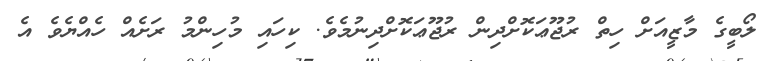
ލޯބީގެ މާޒީއަށް ހިތް ރުޖޫޢަކޮށްދިން ރުޖޫޢަކޮށްދިނުމެވެ. ކިހައި މުހިންމު ރަށެއް ހެއްޔެވެ އެ